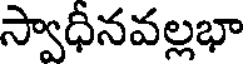
స్వాధీనవల్లభా